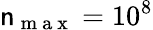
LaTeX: \mathsf{n}_{\mathrm{{~m~a~x~}}}=10^{8}